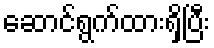
ဆောင်ရွက်ထားရှိပြီး